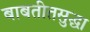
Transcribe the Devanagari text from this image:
बाबतीतसुद्धा